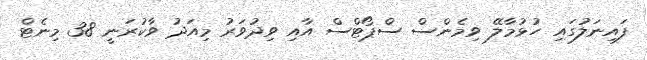
ފައިނަލުގައި ހުޅުމާލޭ ވިމެންސް ސްޕޯޓްސް އާއި ވިދުވަރު މިއަދު ވާކުރަނީ 38 މިނެޓް